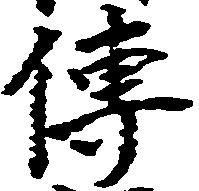
伝